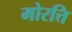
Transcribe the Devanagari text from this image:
मोरत्ति